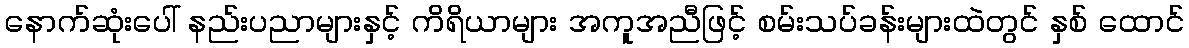
နောက်ဆုံးပေါ် နည်းပညာများနှင့် ကိရိယာများ အကူအညီဖြင့် စမ်းသပ်ခန်းများထဲတွင် နှစ် ထောင်